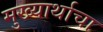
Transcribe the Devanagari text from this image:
मुख्यार्थाचा